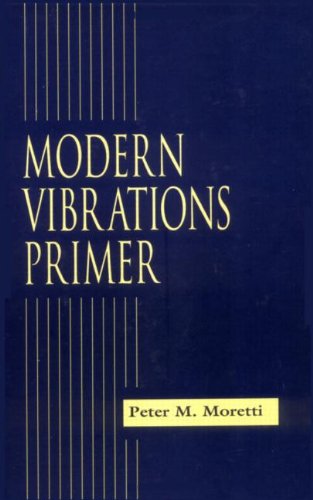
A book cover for Modern Vibrations Primer; Peter M. Moretti; Science & Math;